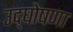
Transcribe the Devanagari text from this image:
उद्‌घोषणा